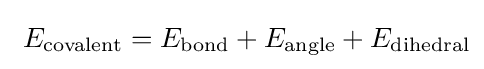
\ E_{\text{covalent}}=E_{\text{bond}}+E_{\text{angle}}+E_{\text{dihedral}}